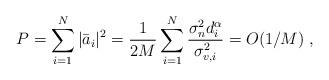
LaTeX: \begin{align*}P=\sum_{i=1}^N|\bar{a}_i|^2=\frac{1}{2M}\sum_{i=1}^{N}\frac{\sigma_n^2 d_i^{\alpha}}{\sigma_{v,i}^2} = O(1/M) \; ,\end{align*}